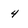
Character: 4